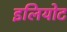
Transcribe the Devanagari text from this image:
इलियोट